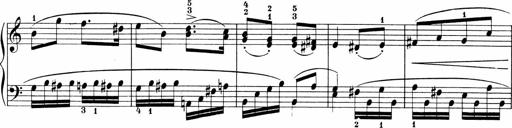
Title: 3 Sonatinas
Composer: Carl Reinecke